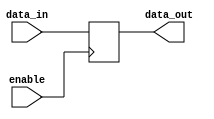
module enable_latch (
    input wire enable,
    input wire data_in,
    output reg data_out
);

always @ (posedge enable)
begin
    if (enable)
        data_out <= data_in;
end

endmodule